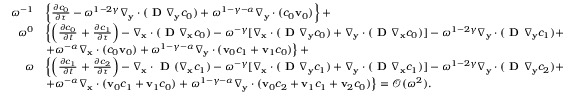
\begin{array} { r l } { \omega ^ { - 1 } } & { \left\{ \frac { \partial c _ { 0 } } { \partial \tau } - \omega ^ { 1 - 2 \gamma } \nabla _ { \mathbf y } \cdot ( \textbf { D } \nabla _ { \mathbf y } c _ { 0 } ) + \omega ^ { 1 - \gamma - \alpha } \nabla _ { \mathbf y } \cdot ( c _ { 0 } \mathbf v _ { 0 } ) \right\} + } \\ { \omega ^ { 0 } } & { \left\{ \left( \frac { \partial c _ { 0 } } { \partial t } \right. + \frac { \partial c _ { 1 } } { \partial \tau } \right) - \nabla _ { \mathbf x } \cdot ( \textbf { D } \nabla _ { \mathbf x } c _ { 0 } ) - \omega ^ { - \gamma } [ \nabla _ { \mathbf x } \cdot ( \textbf { D } \nabla _ { \mathbf y } c _ { 0 } ) + \nabla _ { \mathbf y } \cdot ( \textbf { D } \nabla _ { \mathbf x } c _ { 0 } ) ] - \omega ^ { 1 - 2 \gamma } \nabla _ { \mathbf y } \cdot ( \textbf { D } \nabla _ { \mathbf y } c _ { 1 } ) + } \\ & { \left. + \omega ^ { - \alpha } \nabla _ { \mathbf x } \cdot ( c _ { 0 } \mathbf v _ { 0 } ) + \omega ^ { 1 - \gamma - \alpha } \nabla _ { \mathbf y } \cdot ( \mathbf v _ { 0 } c _ { 1 } + \mathbf v _ { 1 } c _ { 0 } ) \right\} + } \\ { \omega } & { \left\{ \left( \frac { \partial c _ { 1 } } { \partial t } \right. + \frac { \partial c _ { 2 } } { \partial \tau } \right) - \nabla _ { \mathbf x } \cdot \textbf { D } ( \nabla _ { \mathbf x } c _ { 1 } ) - \omega ^ { - \gamma } [ \nabla _ { \mathbf x } \cdot ( \textbf { D } \nabla _ { \mathbf y } c _ { 1 } ) + \nabla _ { \mathbf y } \cdot ( \textbf { D } \nabla _ { \mathbf x } c _ { 1 } ) ] - \omega ^ { 1 - 2 \gamma } \nabla _ { \mathbf y } \cdot ( \textbf { D } \nabla _ { \mathbf y } c _ { 2 } ) + } \\ & { \left. + \omega ^ { - \alpha } \nabla _ { \mathbf x } \cdot ( \mathbf v _ { 0 } c _ { 1 } + \mathbf v _ { 1 } c _ { 0 } ) + \omega ^ { 1 - \gamma - \alpha } \nabla _ { \mathbf y } \cdot ( \mathbf v _ { 0 } c _ { 2 } + \mathbf v _ { 1 } c _ { 1 } + \mathbf v _ { 2 } c _ { 0 } ) \right\} = \mathcal { O } ( \omega ^ { 2 } ) . } \end{array}